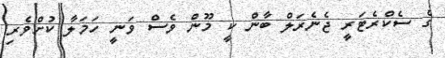
ގެ ސެކްރެޓަރީ ޖެނެރަލް ބާން ކީ މޫން ވެސް ވަނީ ހަމަލާ ކުށްވެރި